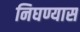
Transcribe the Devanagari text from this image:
निघण्यास